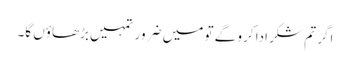
اگر تم شکر ادا کرو گے تو میں ضرور تمہیں بڑھاؤں گا۔